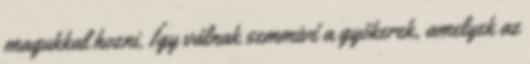
magukkal hozni. Így válnak semmivé a gyökerek, amelyek az